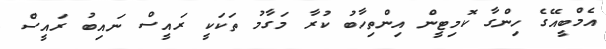
އެމްބީއޭގެ ހިންގާ ކޮމިޓީން އިންތިހާބު ކުރާ މަގާމު ތަކަކީ ރައީސް ނައިބު ރައީސް